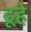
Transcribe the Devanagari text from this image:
ढूहे